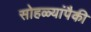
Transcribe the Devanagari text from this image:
सोहळ्यांपैकी